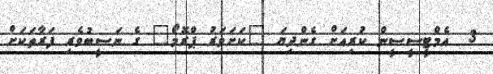
3  އެމްޓީސީސީން ކުރިއަށް ގެންދިޔަ "ކަށަވަރު ޕްރޮމޯ" ގެ ނަސީބުވެރި ފަރާތަކަށް